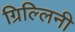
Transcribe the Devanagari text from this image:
ग्रिल्लिनी